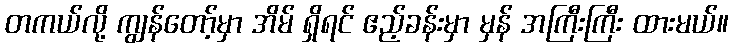
တကယ်လို့ ကျွန်တော့်မှာ အိမ် ရှိရင် ဧည့်ခန်းမှာ မှန် အကြီးကြီး ထားမယ်။